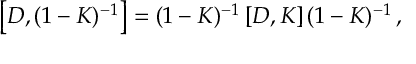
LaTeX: \left[ D , ( 1 - K ) ^ { - 1 } \right] = ( 1 - K ) ^ { - 1 } \left[ D , K \right] ( 1 - K ) ^ { - 1 } \, ,